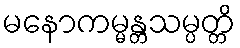
မနောကမ္မန္တသမ္ပတ္တိ